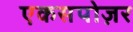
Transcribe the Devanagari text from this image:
एकसपोज़र